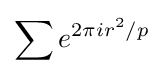
\sum e^{2\pi ir^{2}/p}